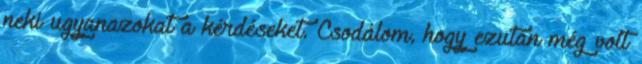
neki ugyanazokat a kérdéseket. Csodálom, hogy ezután még volt